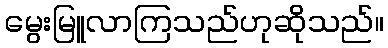
မွေးမြူလာကြသည်ဟုဆိုသည်။